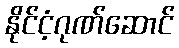
နိုင်ငံ့ဂုဏ်ဆောင်